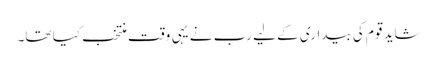
شاید قوم کی بیداری کے لیے رب نے یہی وقت منتخب کیا تھا۔